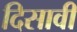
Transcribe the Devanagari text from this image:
दिसावी